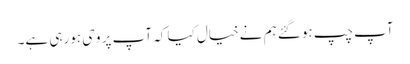
آپ چپ ہوگئے ہم نےخیال کیا کہ آپ پر وحی ہورہی ہے۔